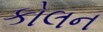
કોલન